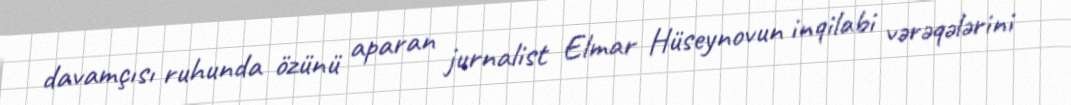
davamçısı ruhunda özünü aparan jurnalist Elmar Hüseynovun inqilabi vərəqələrini